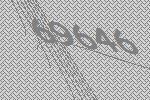
69646